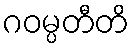
ဂဝမ္ပတီတိ